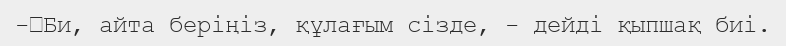
-	Би, айта беріңіз, құлағым сізде, - дейді қыпшақ биі.